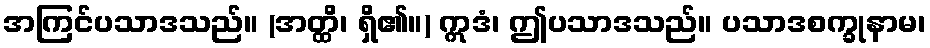
အကြင်ပသာဒသည်။ (အတ္ထိ၊ ရှိ၏။) ဣဒံ၊ ဤပသာဒသည်။ ပသာဒစက္ခုနာမ၊